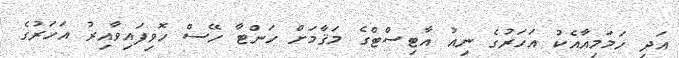
އަދި ހަމަމިއާއެކު އަހަރުގެ ނިއު އާޓިސްޓްގެ މަޤާމަށް ހަންޓާ ހޭސް ހޮވިފައިވާއިރު އަހަރުގެ